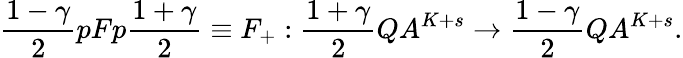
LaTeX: \frac{1-\gamma}{2}pFp\frac{1+\gamma}{2}\equiv F_{+}:\frac{1+\gamma}{2}QA^{K+s}\rightarrow\frac{1-\gamma}{2}QA^{K+s}.